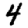
Digit: 4